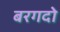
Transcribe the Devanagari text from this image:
बरगदो